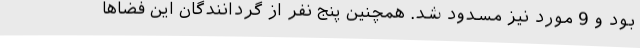
بود و 9 مورد نیز مسدود شد. همچنین پنج نفر از گردانندگان این فضاها